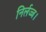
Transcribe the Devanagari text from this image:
निर्लज्ज।